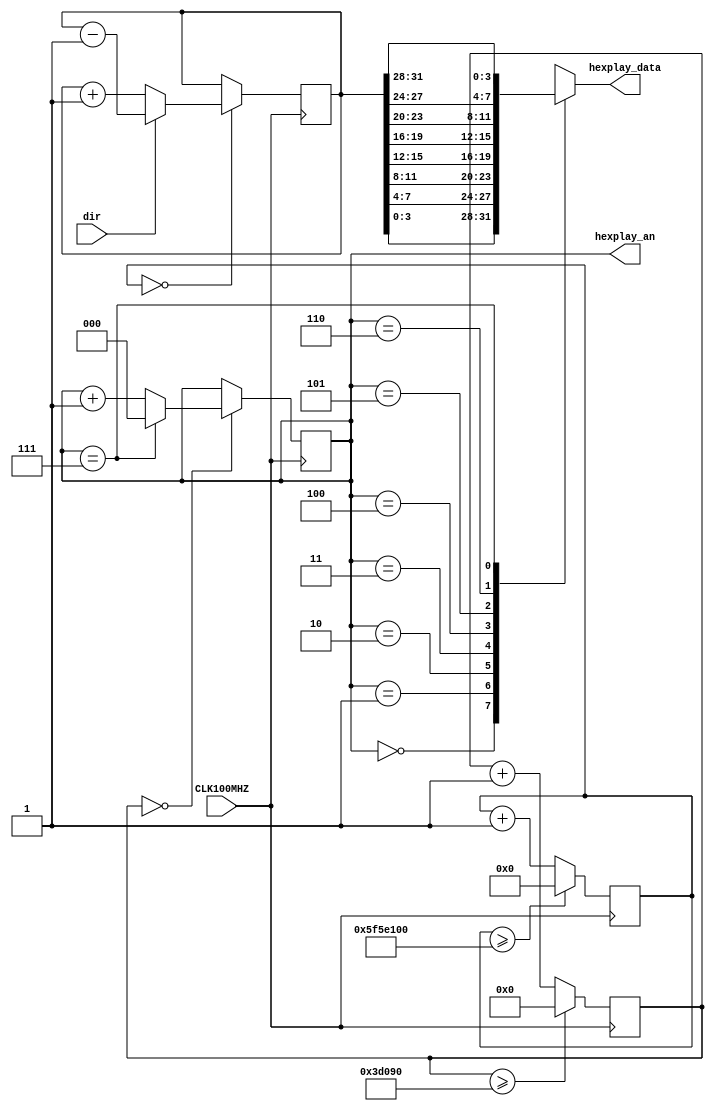
`timescale 1ns / 1ps
//////////////////////////////////////////////////////////////////////////////////
// Company: 
// Engineer: 
// 
// Design Name: 
// Module Name: top
// Project Name: 
// Target Devices: 
// Tool Versions: 
// Description: 
// 
// Dependencies: 
// 
// Revision:
// Revision 0.01 - File Created
// Additional Comments:
// 
//////////////////////////////////////////////////////////////////////////////////


module top(
	input CLK100MHZ,
	input dir,
	output reg [2:0] hexplay_an,
	output reg [3:0] hexplay_data
);


reg [31:0] data;
reg [32:0] hexplay_cnt;

always@(posedge CLK100MHZ) begin
	if (hexplay_cnt >= (2000000 / 8))
		hexplay_cnt <= 0;
	else
		hexplay_cnt <= hexplay_cnt + 1;
end

always@(posedge CLK100MHZ) begin
	if (hexplay_cnt == 0)begin
		if (hexplay_an == 7)
			hexplay_an <= 0;
		else
			hexplay_an <= hexplay_an + 1;
	end
end

always@(*) begin
	case(hexplay_an)
		0: hexplay_data = data[3:0];
		1: hexplay_data = data[7:4];
		2: hexplay_data = data[11:8];
		3: hexplay_data = data[15:12];
		4: hexplay_data = data[19:16];
		5: hexplay_data = data[23:20];
		6: hexplay_data = data[27:24];
		7: hexplay_data = data[31:28];
	endcase
end

reg [26:0] timer_cnt;
always@(posedge CLK100MHZ) begin
	if (timer_cnt >= 100000000)
		timer_cnt <= 0;
	else
		timer_cnt <= timer_cnt + 1;
end

always@(posedge CLK100MHZ) begin
	if (timer_cnt == 0) begin
		if (dir) begin
			data <= data - 1;
		end
		else begin
			data <= data + 1;
		end
	end
end

endmodule